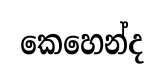
කෙහෙන්ද